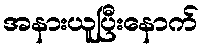
အနားယူပြီးနောက်